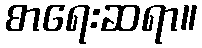
စာရေးဆရာ။